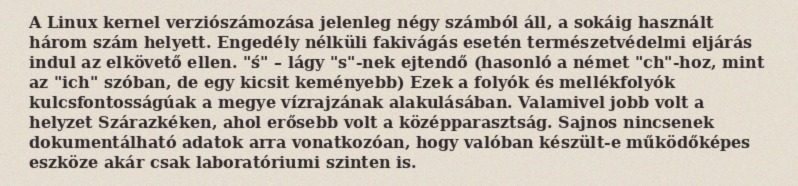
A Linux kernel verziószámozása jelenleg négy számból áll, a sokáig használt három szám helyett. Engedély nélküli fakivágás esetén természetvédelmi eljárás indul az elkövető ellen. "ś" – lágy "s"-nek ejtendő (hasonló a német "ch"-hoz, mint az "ich" szóban, de egy kicsit keményebb) Ezek a folyók és mellékfolyók kulcsfontosságúak a megye vízrajzának alakulásában. Valamivel jobb volt a helyzet Szárazkéken, ahol erősebb volt a középparasztság. Sajnos nincsenek dokumentálható adatok arra vonatkozóan, hogy valóban készült-e működőképes eszköze akár csak laboratóriumi szinten is.